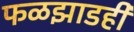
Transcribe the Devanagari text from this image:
फळझाडही